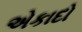
એકાદો